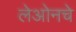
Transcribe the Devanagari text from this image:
लेओनचे